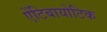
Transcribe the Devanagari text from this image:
एेंटिबायोटिक